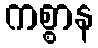
ကစ္စာန